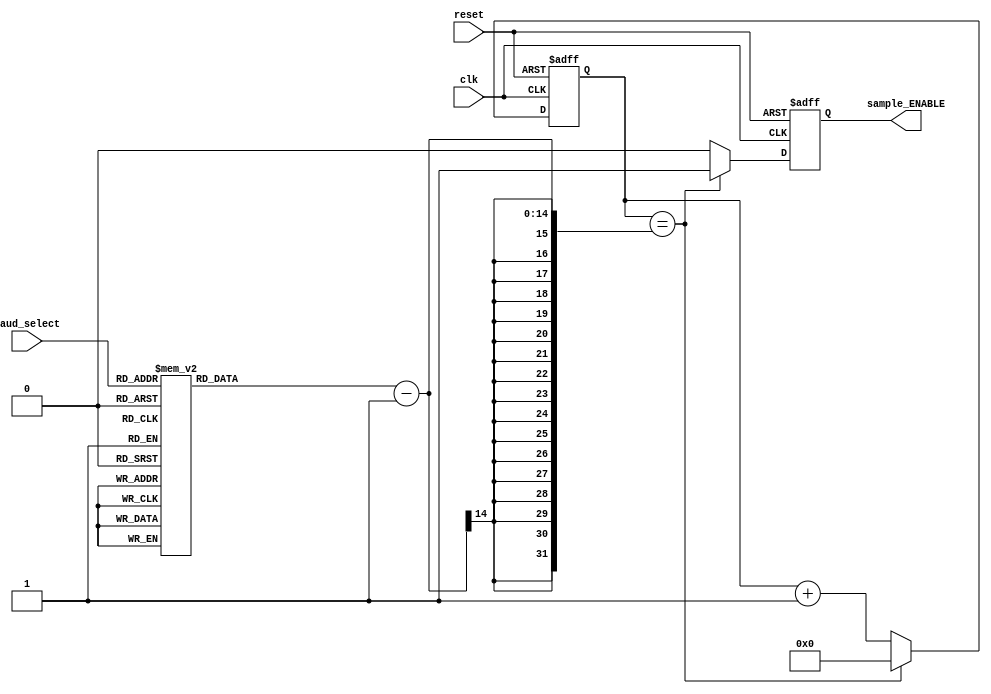

`ifndef BAUDCONTROLLER
`define BAUDCONTROLLER

module BaudController(
    input reset, clk,
    input [2:0] baud_select,
    output reg sample_ENABLE
	);
  
  /*
  The baud_select signal is used to select transmission rate.
  In practice, that means setting an appropriate switching frequency
  for the sample_ENABLE signal
  
  
  
  		s=16										s*T2					T1
  baud_select 	- 	Baud rate(bits/sec):	-	Clock cycles	-	Sample cycles (s=16)
  000				300							166667				10417
  001				1200						41667				2604
  010				4800						10417				651
  011				9600						5208				326
  100				19200						2604				163
  101				38400						1302				81
  110				57600						868					54
  111				115200						434					27
  	
    
  */
  
  
  
  
  // Set max_count depending on baud_select
  reg [13:0] max_count;
  always @ (baud_select)
    begin
      case(baud_select)
      3'b000: max_count = 10417;
      3'b001: max_count = 2604;
      3'b010: max_count = 651;
      3'b011: max_count = 326;
      3'b100: max_count = 163;
      3'b101: max_count = 81;
      3'b110: max_count = 54;
      3'b111: max_count = 27;
//       3'b111: max_count = 7; 	// TO be able to show the results in the time limit
        default max_count = 13'bXXXXXXXXXXXXX ; 
      endcase
    end
  
  
  
  
  // count up to max_count and then reset the counter and make a pulse for sampling
  reg [13:0] sample_counter ; 
  
  always @ (posedge clk or posedge reset) 
    begin
      if (reset) begin 
        sample_counter = 0;
        sample_ENABLE = 0;
      end
      else if ( sample_counter == max_count-1 ) begin
        sample_counter = 0 ; 
      	sample_ENABLE = 1 ; 
    	end
  		else begin
          
      		sample_ENABLE = 0 ; 
          sample_counter = sample_counter + 1 ; 
  		end
      
    end
  
  
  

endmodule


`endif //BAUDCONTROLLER